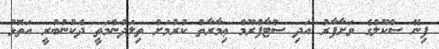
ފިނޭ ސްކޫލުގެ ވަށާފާރު އަދި ސްޓާފްރޫމް ޢިމާރާތް ކުރުމަށް ތިލަދުންމަތީ ދެކުނުބުރީ އަތޮޅު